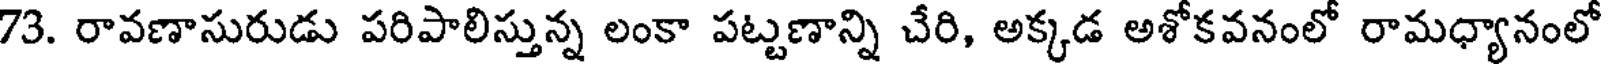
73. రావణాసురుడు పరిపాలిస్తున్న లంకా పట్టణాన్ని చేరి, అక్కడ అశోకవనంలో రామధ్యానంలో